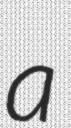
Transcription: a